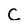
Character: C